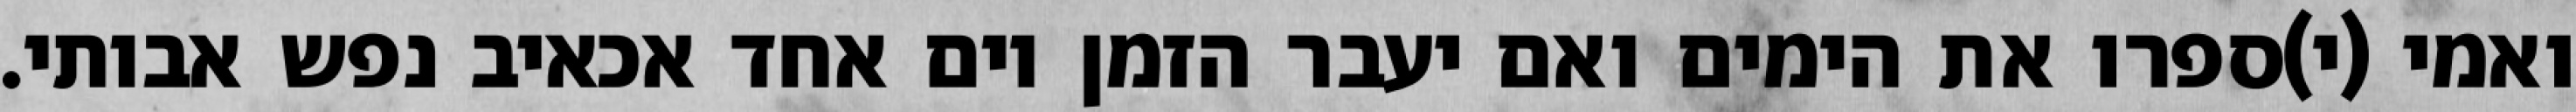
ואמי (י)ספרו את הימים ואם יעבר הזמן יום אחד אכאיב נפש אבותי.